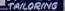
tailoring